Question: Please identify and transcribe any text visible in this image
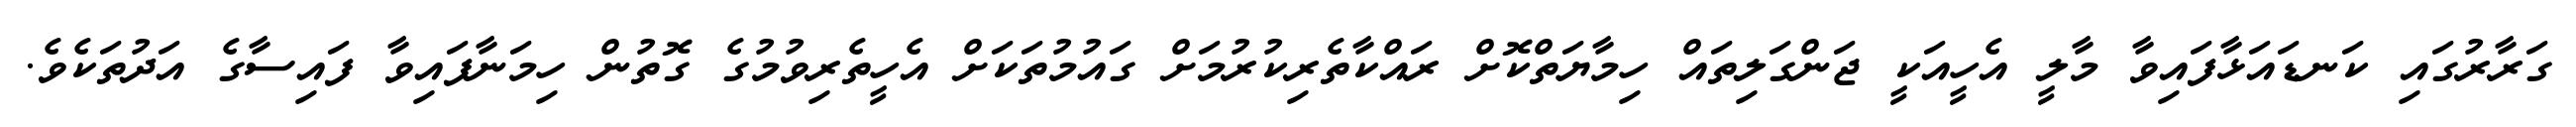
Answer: ގަރާރުގައި ކަނޑައަޅާފައިވާ މާލީ އެހީއަކީ ޖަންގަލިތައް ހިމާޔަތްކޮށް ރައްކާތެރިކުރުމަށް ގައުމުތަކަށް އެހީތެރިވުމުގެ ގޮތުން ހިމަނާފައިވާ ފައިސާގެ އަދުތަކެވެ.